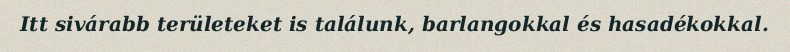
Itt sivárabb területeket is találunk, barlangokkal és hasadékokkal.